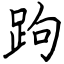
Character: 跔